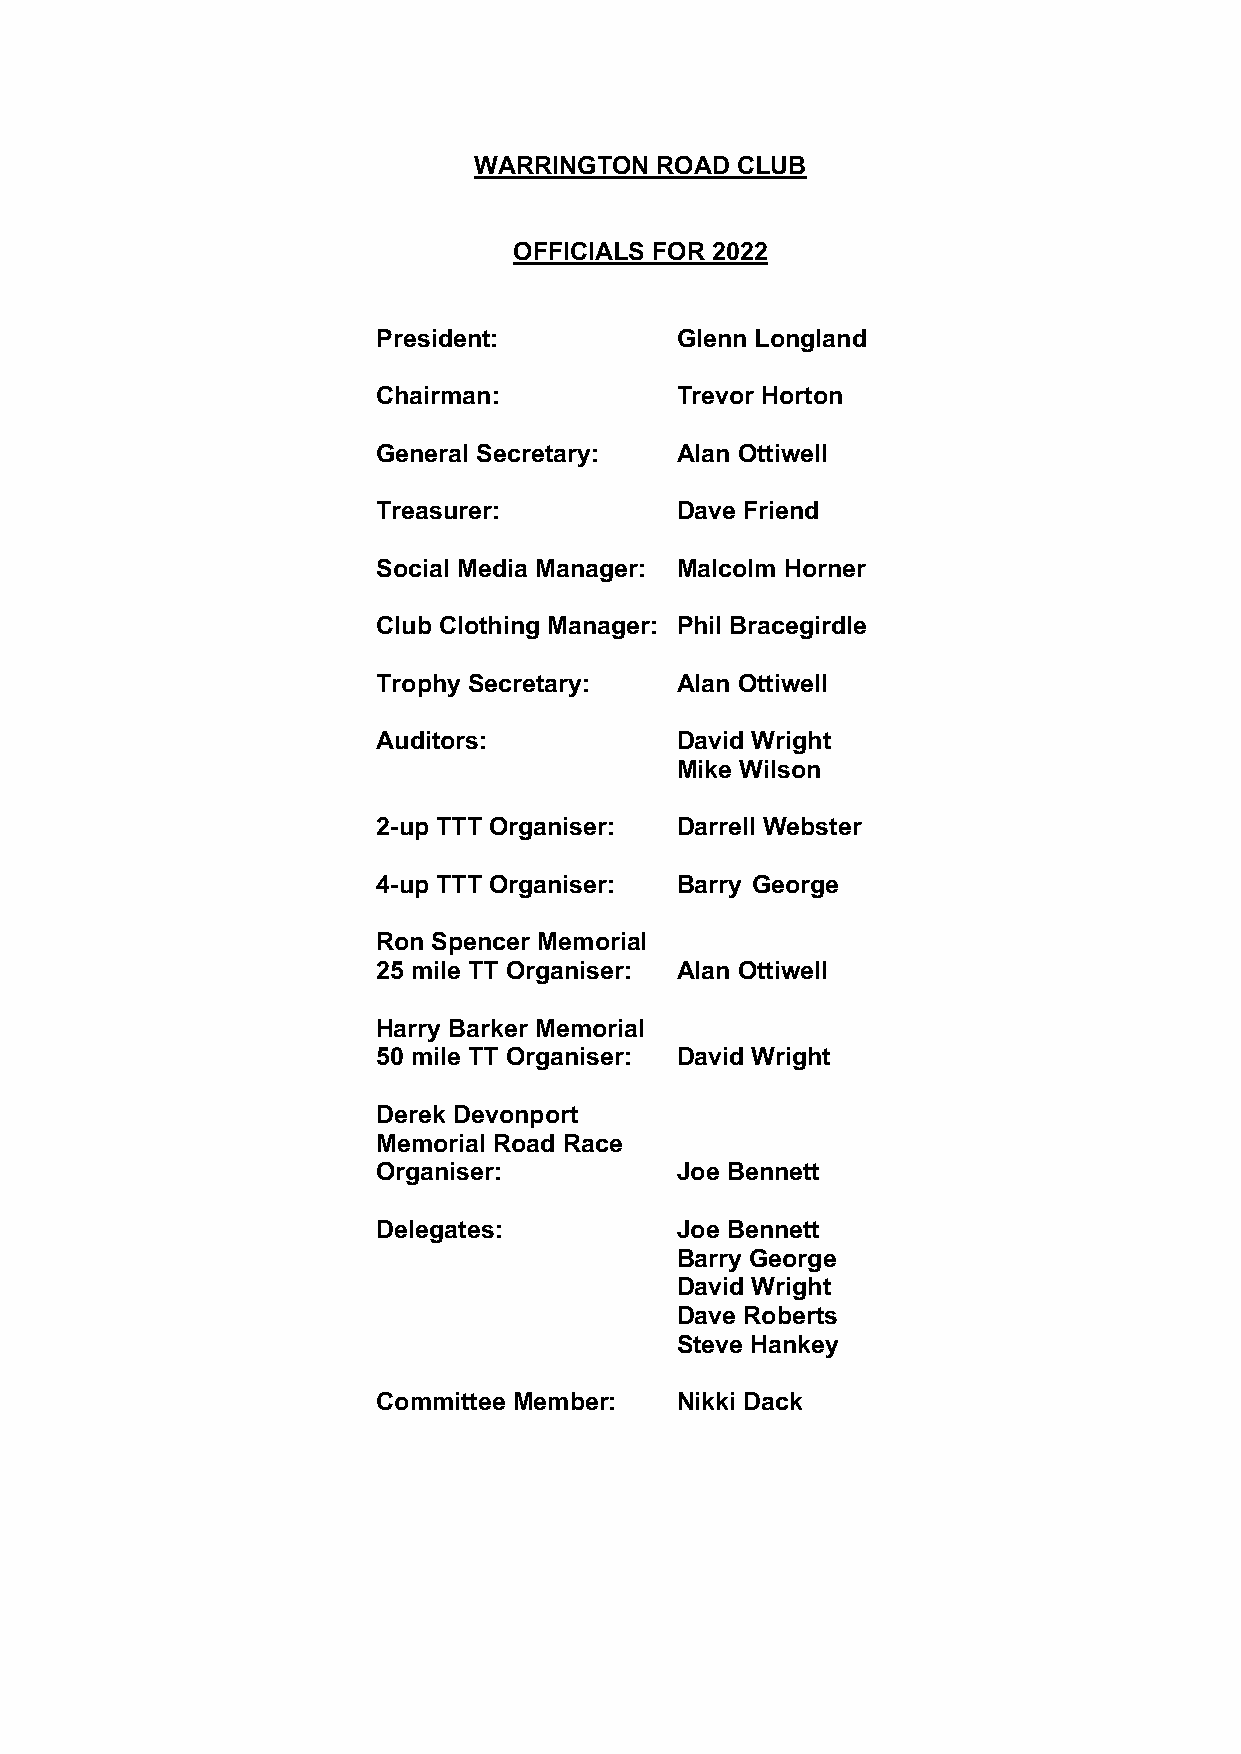
WARRINGTON  ROAD  CLUB
 OFFICIALS FOR 2022
 President:          Glenn Longland
 Chairman:           Trevor Horton
 General Secretary:  Alan Ottiwell
 Treasurer:          Dave Friend
 Social Media Manager: Malcolm Horner
 Club Clothing Manager: Phil Bracegirdle
 Trophy Secretary:   Alan Ottiwell
 Auditors:           David Wright
 Mike Wilson
 2-up TTT Organiser: Darrell Webster
 4-up TTT Organiser: Barry George
 Ron Spencer Memorial
 25 mile TT Organiser: Alan Ottiwell
 Harry Barker Memorial
 50 mile TT Organiser: David Wright
 Derek Devonport
 Memorial Road Race
 Organiser:          Joe Bennett
 Delegates:          Joe Bennett
 Barry George
 David Wright
 Dave Roberts
 Steve Hankey
 Committee Member:   Nikki Dack